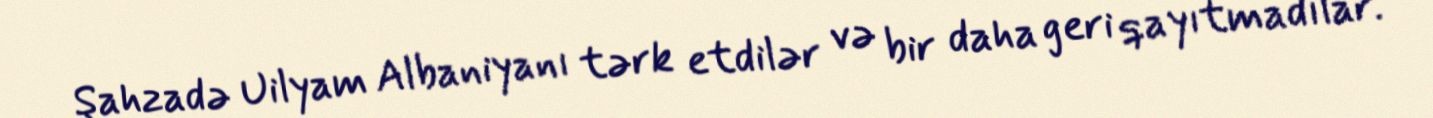
Şahzadə Uilyam Albaniyanı tərk etdilər və bir daha geri qayıtmadılar.